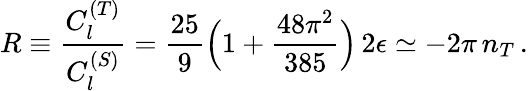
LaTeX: R\equiv{\frac{C_{l}^{(T)}}{C_{l}^{(S)}}}={\frac{25}{9}}\Big(1+{\frac{48\pi^{2}}{385}}\Big)\, 2\epsilon\simeq-2\pi\, n_{T}\, .